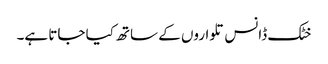
خٹک ڈانس تلواروں کے ساتھ کیا جاتا ہے۔